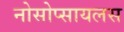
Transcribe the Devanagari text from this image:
नोसोप्सायलस